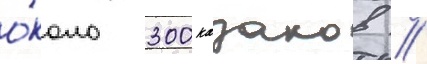
о́коло 300 казаков //